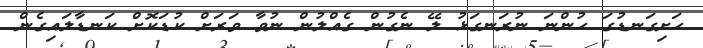
ހަށިގަނޑުގަ ހުންނަ ނުރަނގަޅު ލޭ ނެގުން ގެއްލުން ނުވާ ވަރަށް ކުޑަކޮށް ކަނޑާލައިގެން